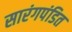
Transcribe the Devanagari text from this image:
सारंगपंडित